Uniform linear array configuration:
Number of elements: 64
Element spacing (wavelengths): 1
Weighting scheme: uniform
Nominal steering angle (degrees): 0
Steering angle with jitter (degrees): -1.668
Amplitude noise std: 0.05
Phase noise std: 0.05

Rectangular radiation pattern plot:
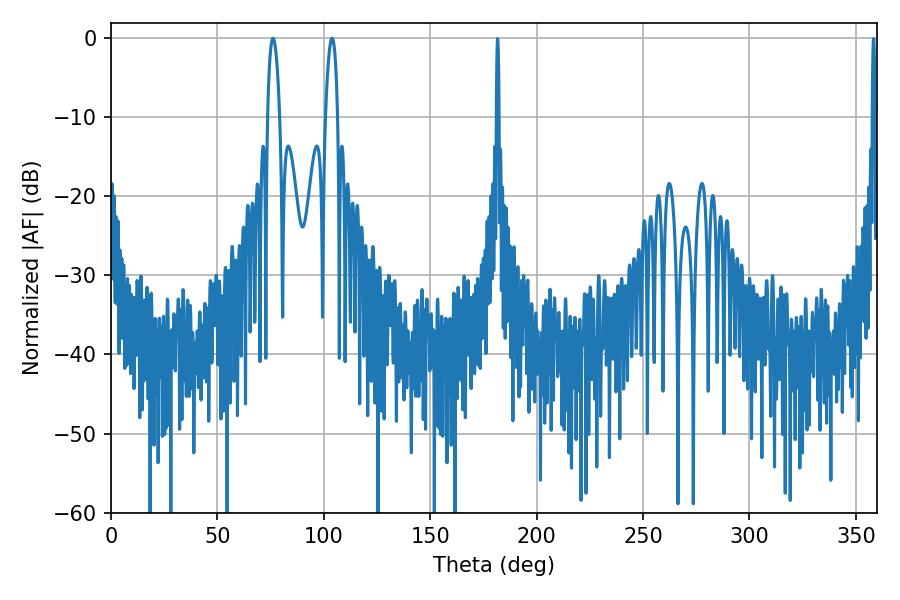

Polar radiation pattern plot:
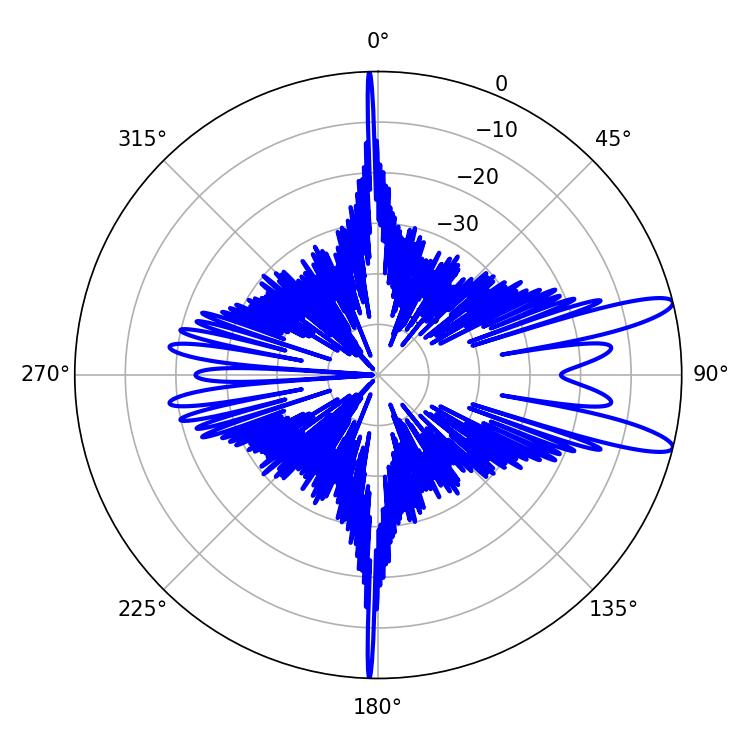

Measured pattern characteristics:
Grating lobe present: TRUE
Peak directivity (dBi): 12.144
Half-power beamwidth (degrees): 3.06
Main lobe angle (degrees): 76.14